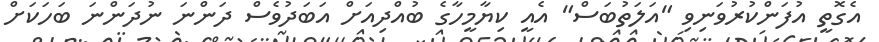
އެގޮތީ އުފަންކުރުވަނިވި "އަލަތުބަސް" އެއީ ކިޔާމީހާގެ ބުއްދިއަށް އަބަދުވެސް ދަންނަ ނުދަންނަ ބަހަކަށް